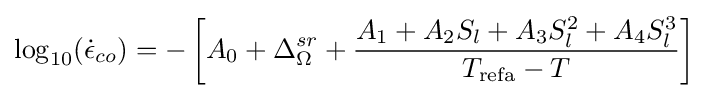
\log _{10}({\dot {\epsilon }}_{co})=-\left[A_{0}+\Delta _{\Omega }^{sr}+{\frac {A_{1}+A_{2}S_{l}+A_{3}S_{l}^{2}+A_{4}S_{l}^{3}}{T_{\text{refa}}-T}}\right]